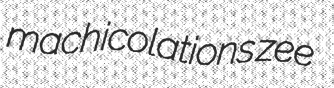
machicolations zee